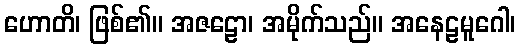
ဟောတိ၊ ဖြစ်၏။ အဇဠော၊ အမိုက်သည်။ အနေဠမူဂေါ၊